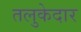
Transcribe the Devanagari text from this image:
तलुकेदार